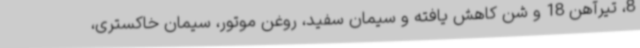
8، تیرآهن 18 و شن کاهش یافته و سیمان سفید، روغن موتور، سیمان خاکستری،